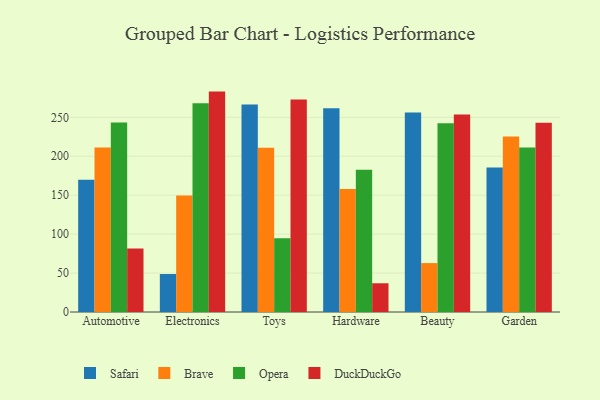
{"axis": {"x": "Category", "y": "LTV (USD)"}, "legend": ["Brave", "DuckDuckGo", "Opera", "Safari"], "data": [{"x": "Automotive", "y": 169.9, "type": "Safari"}, {"x": "Automotive", "y": 211.2, "type": "Brave"}, {"x": "Automotive", "y": 243.4, "type": "Opera"}, {"x": "Automotive", "y": 81.5, "type": "DuckDuckGo"}, {"x": "Electronics", "y": 48.8, "type": "Safari"}, {"x": "Electronics", "y": 149.7, "type": "Brave"}, {"x": "Electronics", "y": 268.0, "type": "Opera"}, {"x": "Electronics", "y": 283.0, "type": "DuckDuckGo"}, {"x": "Toys", "y": 266.3, "type": "Safari"}, {"x": "Toys", "y": 210.8, "type": "Brave"}, {"x": "Toys", "y": 94.8, "type": "Opera"}, {"x": "Toys", "y": 272.8, "type": "DuckDuckGo"}, {"x": "Hardware", "y": 261.7, "type": "Safari"}, {"x": "Hardware", "y": 157.9, "type": "Brave"}, {"x": "Hardware", "y": 182.8, "type": "Opera"}, {"x": "Hardware", "y": 36.9, "type": "DuckDuckGo"}, {"x": "Beauty", "y": 256.3, "type": "Safari"}, {"x": "Beauty", "y": 62.8, "type": "Brave"}, {"x": "Beauty", "y": 242.2, "type": "Opera"}, {"x": "Beauty", "y": 253.5, "type": "DuckDuckGo"}, {"x": "Garden", "y": 185.4, "type": "Safari"}, {"x": "Garden", "y": 225.4, "type": "Brave"}, {"x": "Garden", "y": 211.3, "type": "Opera"}, {"x": "Garden", "y": 243.0, "type": "DuckDuckGo"}]}